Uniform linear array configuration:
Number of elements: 8
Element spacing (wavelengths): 0.75
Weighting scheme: binomial
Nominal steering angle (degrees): -45
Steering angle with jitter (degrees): -45.946
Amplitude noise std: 0.05
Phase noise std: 0.05

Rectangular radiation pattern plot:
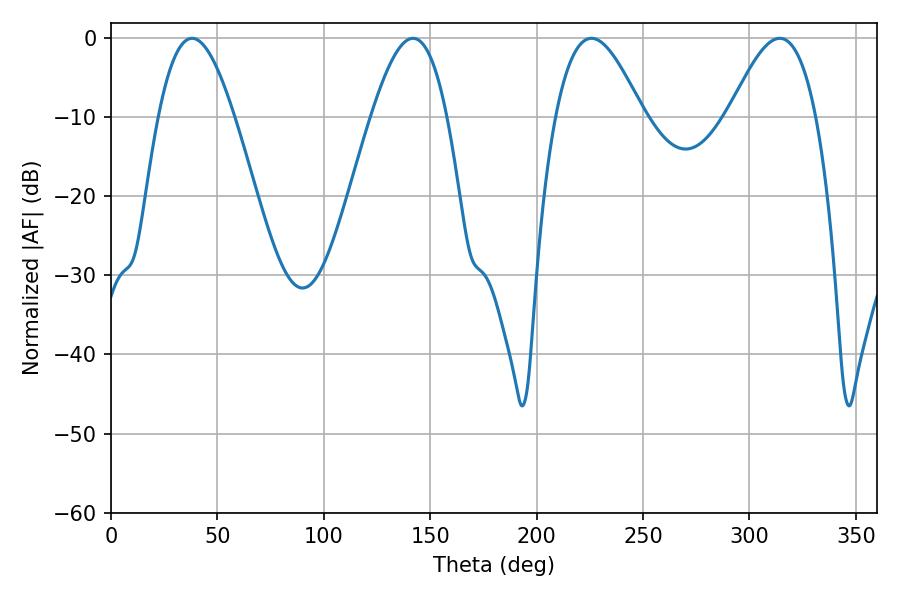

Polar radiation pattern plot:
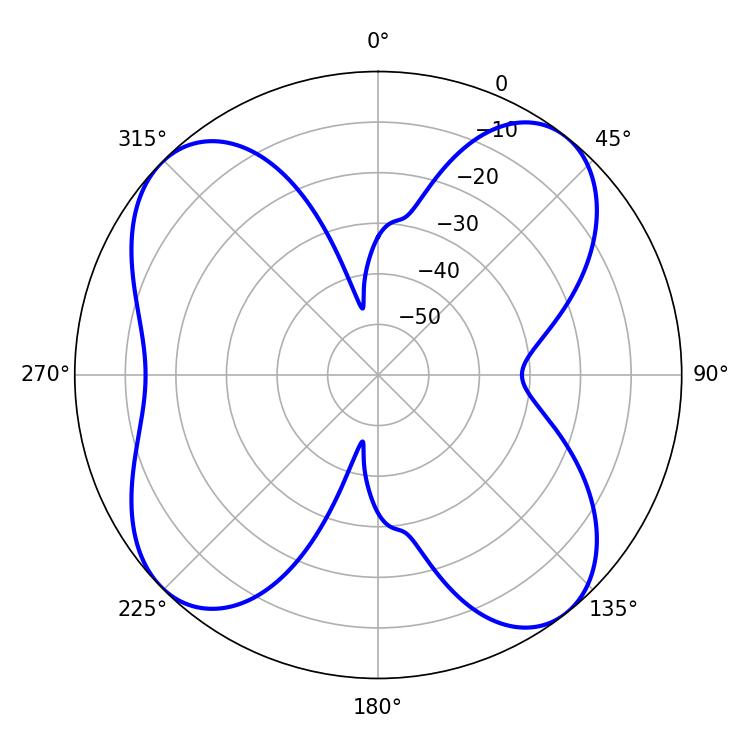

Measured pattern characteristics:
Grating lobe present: TRUE
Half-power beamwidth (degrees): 22.14
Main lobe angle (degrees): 225.72